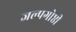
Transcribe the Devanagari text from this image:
जल्पगोष्ठी